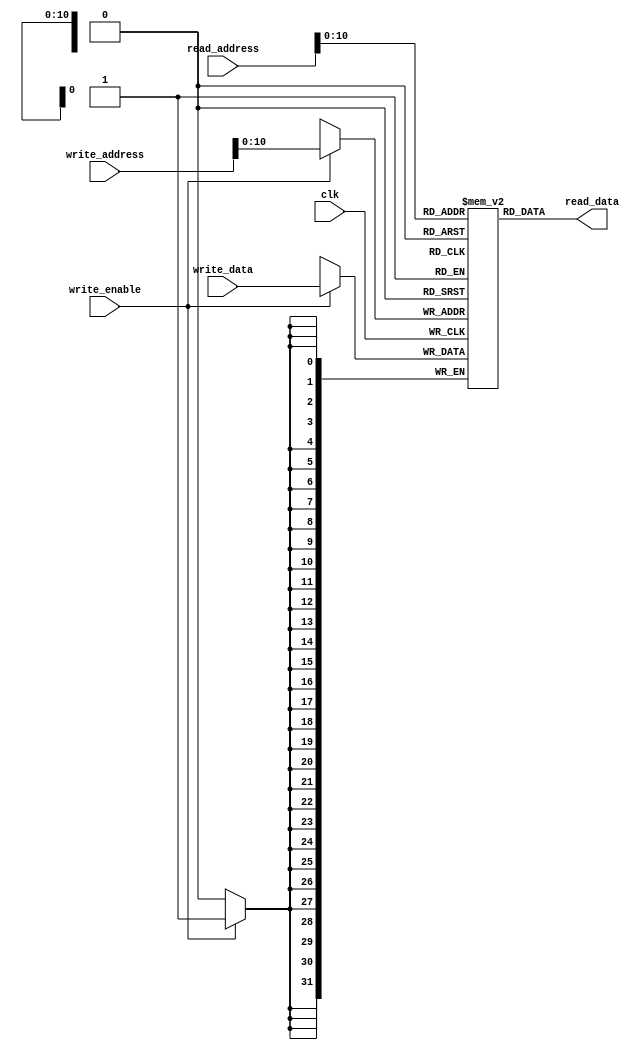
module main_memory(
                   /* verilator lint_off UNUSED */
                   input [31:0]  read_address,
                   output [31:0] read_data,

                   input [31:0]  write_address,
                   input [31:0]  write_data,

                   input         write_enable,
                   
                   input         clk);

   parameter depth = 2048;

   reg [31:0]                    mem[depth - 1 : 0];

   always @(posedge clk) begin

      $display("Reading from memory location %d", read_address);

      if (write_enable) begin
         $display("Writing %b to memory address %b", write_data, write_address);
         mem[write_address] <= write_data;
      end
      
   end

   assign read_data = mem[read_address];

endmodule